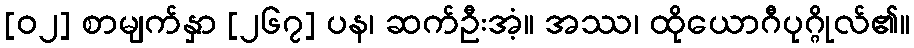
[၀၂] စာမျက်နှာ [၂၆၇] ပန၊ ဆက်ဦးအံ့။ အဿ၊ ထိုယောဂီပုဂ္ဂိုလ်၏။